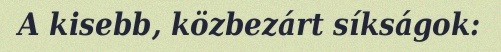
A kisebb, közbezárt síkságok: